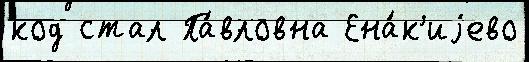
код стал Па́вловна Ена́к'иjево